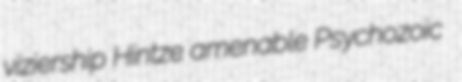
viziership Hintze amenable Psychozoic